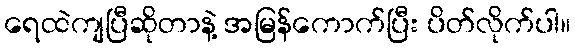
ရေထဲကျပြီဆိုတာနဲ့ အမြန်ကောက်ပြီး ပိတ်လိုက်ပါ။